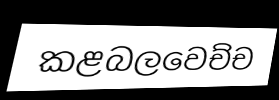
කළබලවෙච්ච